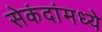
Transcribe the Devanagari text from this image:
सेकंदांमध्ये